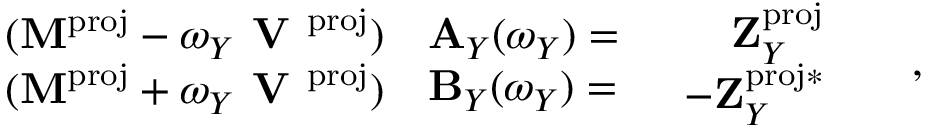
\begin{array} { r } { \begin{array} { c c } { ( \mathbf { M } ^ { \mathrm { p r o j } } - \omega _ { Y } \textbf { V } ^ { \mathrm { p r o j } } ) } \\ { ( \mathbf { M } ^ { \mathrm { p r o j } } + \omega _ { Y } \textbf { V } ^ { \mathrm { p r o j } } ) } \end{array} \begin{array} { l } { \mathbf { A } _ { Y } ( \omega _ { Y } ) = } \\ { \mathbf { B } _ { Y } ( \omega _ { Y } ) = } \end{array} \begin{array} { l } { \begin{array} { r l } { \mathbf { Z } _ { Y } ^ { \mathrm { p r o j } } } & { } \\ { \mathbf { - Z } _ { Y } ^ { \mathrm { p r o j } * } } & { } \end{array} } \end{array} , } \end{array}